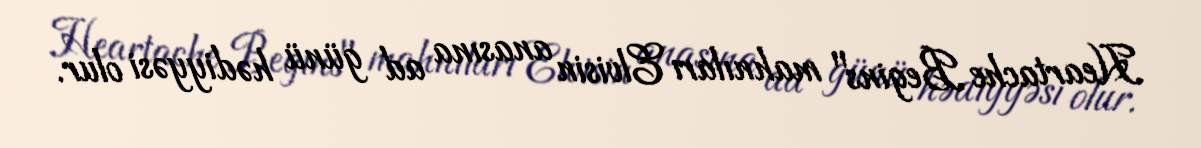
Heartache Begins" mahnıları Elvisin anasına ad günü hədiyyəsi olur.